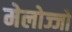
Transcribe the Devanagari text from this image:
मेलोज्जो